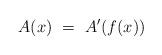
LaTeX: \begin{align*}A(x) \ = \ A^\prime(f(x))\end{align*}